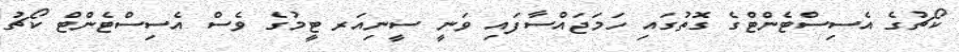
ކޯޗުގެ އެސިސްޓެންޓްގެ ގޮތުގައި ހަމަޖައްސާފައި ވަނީ ސީނިއަރ ޓީމުގެ ވެސް އެސިސްޓެންޓް ކޯޗު